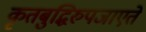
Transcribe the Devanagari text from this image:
कृतबुद्धिरुपजाएते